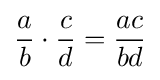
{\frac {a}{b}}\cdot {\frac {c}{d}}={\frac {ac}{bd}}